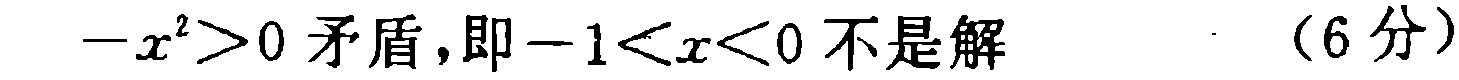
\(-x^{2}>0矛盾,即-1<x<0不是解\ \ \ \ (6分)\)